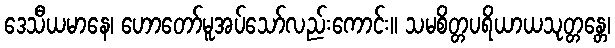
ဒေသီယမာနေ၊ ဟောတော်မူအပ်သော်လည်းကောင်း။ သမစိတ္တပရိယာယသုတ္တန္တေ၊